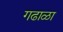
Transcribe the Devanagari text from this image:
गढाळा